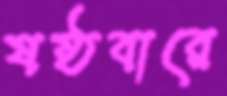
ষষ্ঠবারে